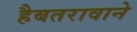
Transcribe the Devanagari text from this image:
हैबतरावाने